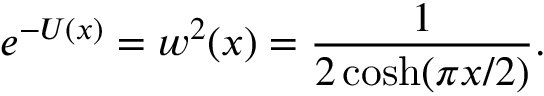
e ^ { - U ( x ) } = w ^ { 2 } ( x ) = { \frac { 1 } { 2 \cosh ( \pi x / 2 ) } } .